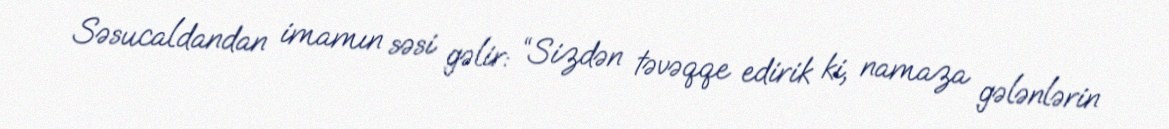
Səsucaldandan imamın səsi gəlir: “Sizdən təvəqqe edirik ki, namaza gələnlərin